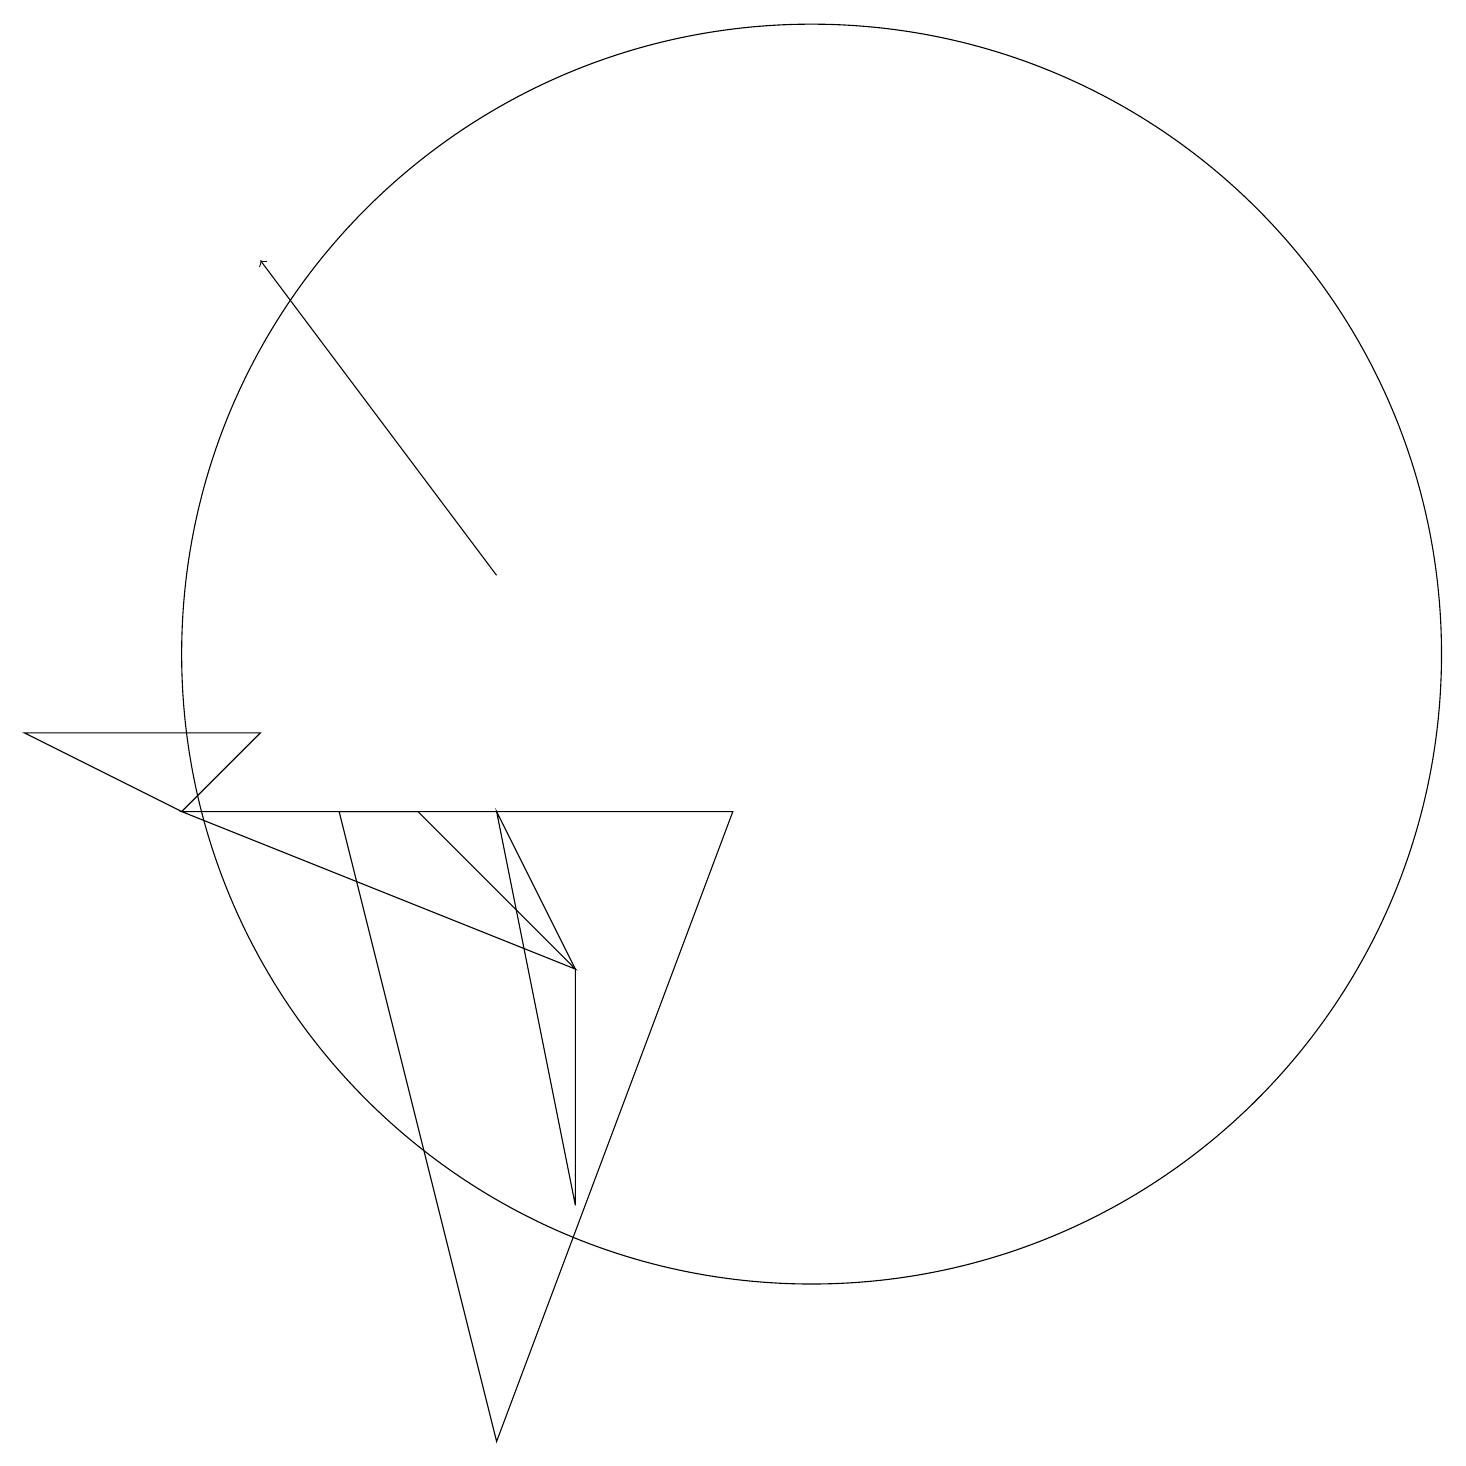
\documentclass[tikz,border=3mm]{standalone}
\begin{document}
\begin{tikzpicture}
\draw (2,8) -- (5,8) -- (7,6) -- cycle;
\draw (11,10) circle (0);
\draw (2,8) -- (0,9) -- (3,9) -- cycle;
\draw (7,6) -- (7,3) -- (6,8) -- cycle;
\draw (4,8) -- (9,8) -- (6,0) -- cycle;
\draw (10,10) circle (8);
\draw[->] (6,11) -- (3,15);
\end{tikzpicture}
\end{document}